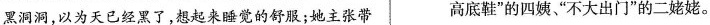
黑洞洞，以为天已经黑了，想起来睡觉的舒服；她主张带 高底鞋”的四姨“不大出门”的二姥姥。